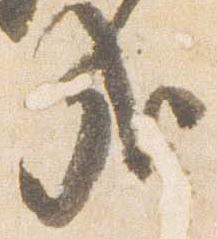
哉